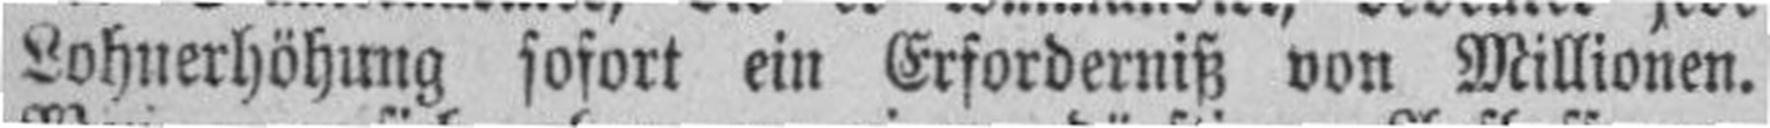
Lohnerhöhung sofort ein Erforderniß von Millionen.